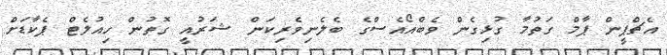
އެޗްޕީން ޕާމް ގަތުމާ ގުޅިގެން ވެބްއޯއެސްގެ ބެލެނިވެރިކަން ޝަރުއީ ގޮތުން ހިއުލެޓް ޕެކާޑަށް